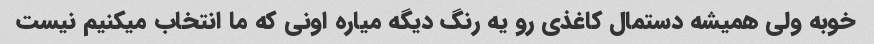
خوبه ولی همیشه دستمال کاغذی رو یه رنگ دیگه میاره اونی که ما انتخاب میکنیم نیست